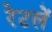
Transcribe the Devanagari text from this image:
रेटलें